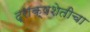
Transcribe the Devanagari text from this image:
द्राक्षशेतीचा